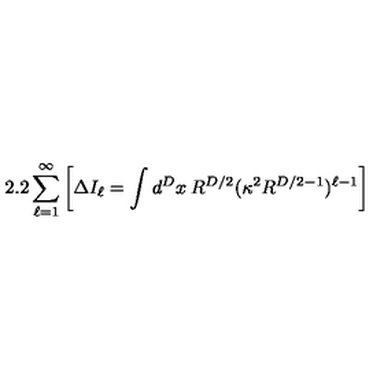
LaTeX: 2 . 2 \sum _ { \ell = 1 } ^ { \infty } \left[ \Delta I _ { \ell } = \int d ^ { D } x \: R ^ { D / 2 } ( \kappa ^ { 2 } R ^ { D / 2 - 1 } ) ^ { \ell - 1 } \right]